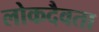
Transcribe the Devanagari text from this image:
लोकदैवता